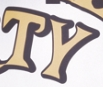
TY